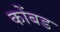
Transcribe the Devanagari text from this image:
कोंबड